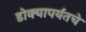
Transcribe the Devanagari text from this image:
डोक्यापर्यंतचे